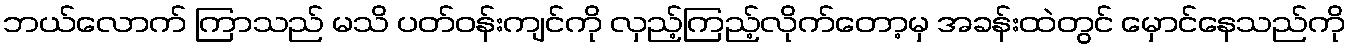
ဘယ်လောက် ကြာသည် မသိ ပတ်ဝန်းကျင်ကို လှည့်ကြည့်လိုက်တော့မှ အခန်းထဲတွင် မှောင်နေသည်ကို